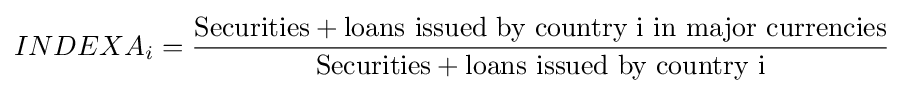
INDEXA_{i}={{\text{Securities}}+{\text{loans issued by country i in major currencies}} \over {\text{Securities}}+{\text{loans issued by country i}}}